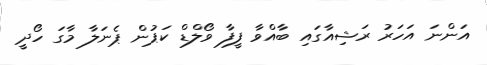
އަންނަ އަހަރު ރަޝިއާގައި ބާއްވާ ފީފާ ވޯލްޑް ކަޕުން ޕެނަލާ މާގަ ހޯދީ